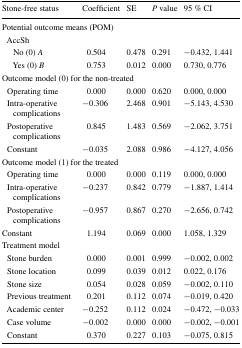
<table><thead><tr><td><b>Stone-free status</b></td><td><b>Coefficient</b></td><td><b>SE</b></td><td><b><i>P</i> value</b></td><td><b>95 % CI</b></td></tr></thead><tbody><tr><td colspan="5">Potential outcome means (POM)</td></tr><tr><td colspan="5"> AccSh</td></tr><tr><td>No (0) <i>A</i></td><td>0.504</td><td>0.478</td><td>0.291</td><td>−0.432, 1.441</td></tr><tr><td>Yes (0) <i>B</i></td><td>0.753</td><td>0.012</td><td>0.000</td><td>0.730, 0.776</td></tr><tr><td colspan="5">Outcome model (0) for the non-treated</td></tr><tr><td> Operating time</td><td>0.000</td><td>0.000</td><td>0.620</td><td>0.000, 0.000</td></tr><tr><td> Intra-operative complications</td><td>−0.306</td><td>2.468</td><td>0.901</td><td>−5.143, 4.530</td></tr><tr><td> Postoperative complications</td><td>0.845</td><td>1.483</td><td>0.569</td><td>−2.062, 3.751</td></tr><tr><td> Constant</td><td>−0.035</td><td>2.088</td><td>0.986</td><td>−4.127, 4.056</td></tr><tr><td colspan="5">Outcome model (1) for the treated</td></tr><tr><td> Operating time</td><td>0.000</td><td>0.000</td><td>0.119</td><td>0.000, 0.000</td></tr><tr><td> Intra-operative complications</td><td>−0.237</td><td>0.842</td><td>0.779</td><td>−1.887, 1.414</td></tr><tr><td> Postoperative complications</td><td>−0.957</td><td>0.867</td><td>0.270</td><td>−2.656, 0.742</td></tr><tr><td>Constant</td><td>1.194</td><td>0.069</td><td>0.000</td><td>1.058, 1.329</td></tr><tr><td colspan="5">Treatment model</td></tr><tr><td> Stone burden</td><td>0.000</td><td>0.001</td><td>0.999</td><td>−0.002, 0.002</td></tr><tr><td> Stone location</td><td>0.099</td><td>0.039</td><td>0.012</td><td>0.022, 0.176</td></tr><tr><td> Stone size</td><td>0.054</td><td>0.028</td><td>0.059</td><td>−0.002, 0.110</td></tr><tr><td> Previous treatment</td><td>0.201</td><td>0.112</td><td>0.074</td><td>−0.019, 0.420</td></tr><tr><td> Academic center</td><td>−0.252</td><td>0.112</td><td>0.024</td><td>−0.472, −0.033</td></tr><tr><td> Case volume</td><td>−0.002</td><td>0.000</td><td>0.000</td><td>−0.002, −0.001</td></tr><tr><td> Constant</td><td>0.370</td><td>0.227</td><td>0.103</td><td>−0.075, 0.815</td></tr></tbody></table>